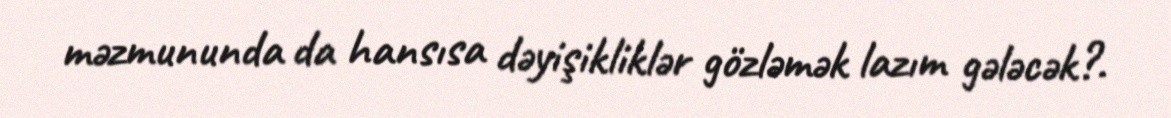
məzmununda da hansısa dəyişikliklər gözləmək lazım gələcək?.